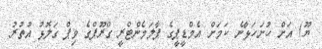
ޔޫ) އަށް ހުށަހަޅާނެ ކަމަށް އެމްޑީޕީގެ ޕާލަމެންޓްރީ ގްރޫޕްގެ ވިޕް ގަލޮޅު އުތުރު